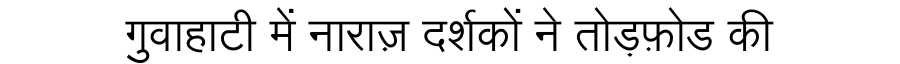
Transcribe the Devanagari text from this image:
गुवाहाटी में नाराज़ दर्शकों ने तोड़फ़ोड की